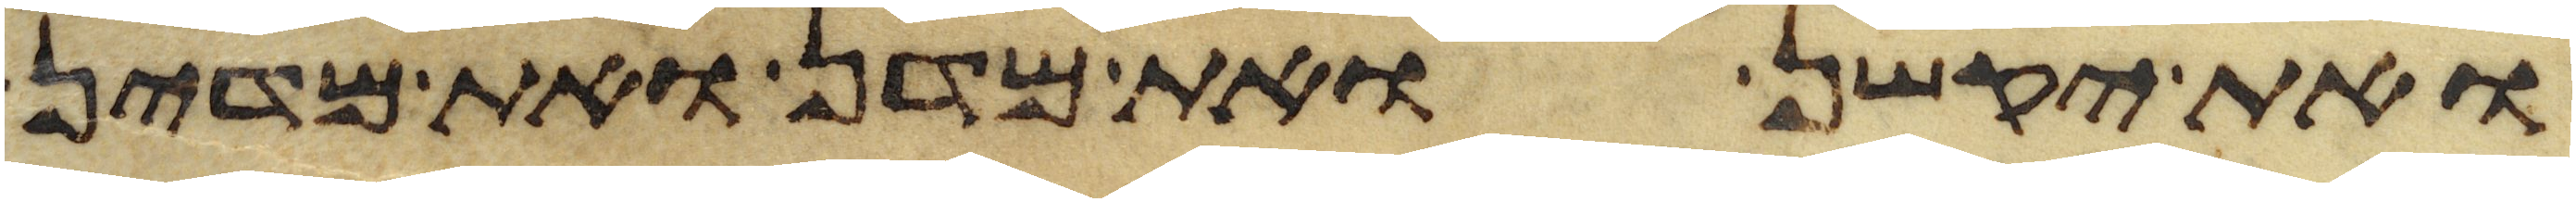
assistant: ואת יקשן ואת מדן ואת מדין